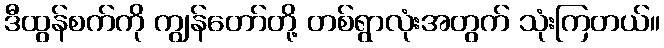
ဒီထွန်စက်ကို ကျွန်တော်တို့ တစ်ရွာလုံးအတွက် သုံးကြတယ်။